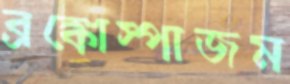
ব্রঙ্কোস্পাজম